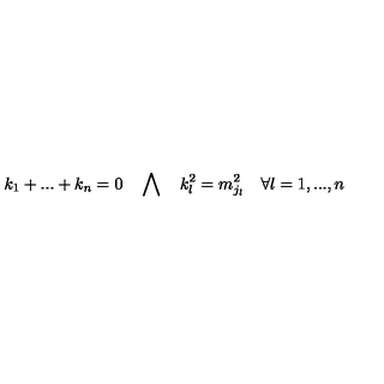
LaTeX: k _ { 1 } + . . . + k _ { n } = 0 \quad \bigwedge \quad k _ { l } ^ { 2 } = m _ { j _ { l } } ^ { 2 } \quad \forall l = 1 , . . . , n